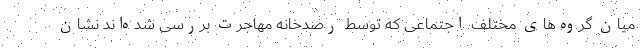
میان گروه‌های مختلف اجتماعی که توسط رصدخانه مهاجرت بررسی شده‌اند نشان